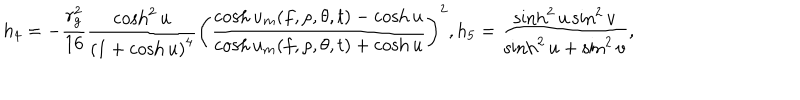
h _ { 4 } = - \frac { r _ { g } ^ { 2 } } { 1 6 } \frac { \cosh ^ { 2 } u } { \left( 1 + \cosh u \right) ^ { 4 } } \left( \frac { \cosh u _ { m } ( f , \rho , \theta , t ) - \cosh u } { \cosh u _ { m } ( f , \rho , \theta , t ) + \cosh u } \right) ^ { 2 } , h _ { 5 } = \frac { \sinh ^ { 2 } u \sin ^ { 2 } v } { \sinh ^ { 2 } u + \sin ^ { 2 } v } ,